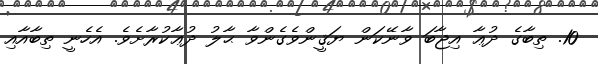
10. ތިބާގެ ދުޢާ އިޖާބަ ވާނޭކަން ޔަޤީންވެގެންވާ ޙާލު ދުޢާކުރާށެވެ. އެހެނީ ތިބާއާއި